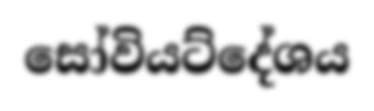
සෝවියට්දේශය